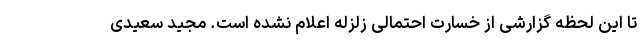
تا این لحظه گزارشی از خسارت احتمالی زلزله اعلام نشده است. مجید سعیدی